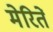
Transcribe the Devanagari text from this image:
मेरितें